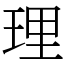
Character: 理